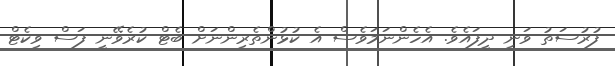
ފުރުސަތު ވަނީ ދީފައެވެ. އެހެންނަމަވެސް އެ ކުޅުންތެރިންނަށް ބެޓް ކުރެވޭނީ ފަސް ވިކެޓް